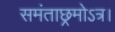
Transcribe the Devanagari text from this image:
समंताछ्रमोऽत्र।